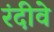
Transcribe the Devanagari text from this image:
रंदीवे